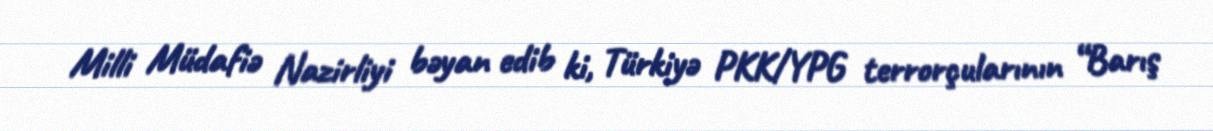
Milli Müdafiə Nazirliyi bəyan edib ki, Türkiyə PKK/YPG terrorçularının “Barış